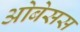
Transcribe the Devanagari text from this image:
ओबेसस